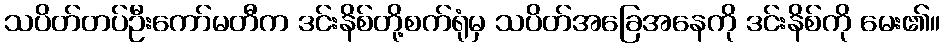
သပိတ်တပ်ဦးကော်မတီက ဒင်းနိစ်တို့စက်ရုံမှ သပိတ်အခြေအနေကို ဒင်းနိစ်ကို မေး၏။